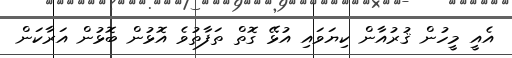
އެއީ މީހުން ޤުރުއާން ކިޔަވައި އުޅޭ ގޮތް ތަފާތުވެ އޮޅުން ބޮޅުން އަރާކަން